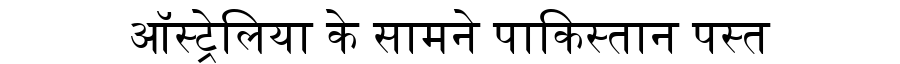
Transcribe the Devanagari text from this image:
ऑस्ट्रेलिया के सामने पाकिस्तान पस्त